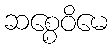
ဆစ္စေဝိမေ